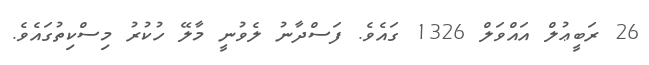
26 ރަބީޢުލް އައްވަލް 1326 ގައެވެ. ފަސްދާނު ލެވުނީ މާލޭ ހުކުރު މިސްކިތުގައެވެ.